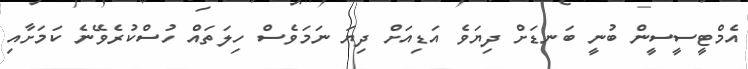
އެމްޓީސީސީން ބުނީ ބަނޑަށް ދިޔަވެ އަޑިއަށް ދިޔަ ނަމަވެސް ހިލަތައް ހުސްކުރެވޭނެ ކަމަށާއި